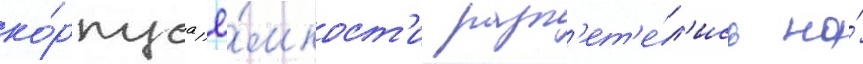
ко́рпуса ё́мкост'и разл'ет'е́л'ись на́